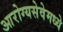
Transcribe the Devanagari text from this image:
आरोग्यसेवेमध्ये